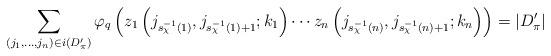
LaTeX: \begin{align*}\sum_{(j_1, \ldots, j_n) \in i(D'_\pi)} \varphi_q\left(z_1\left(j_{s^{-1}_\chi(1)}, j_{s^{-1}_\chi(1) + 1}; k_1\right) \cdots z_n\left(j_{s^{-1}_\chi(n)}, j_{s^{-1}_\chi(n) + 1}; k_n\right) \right) = |D'_\pi|\end{align*}